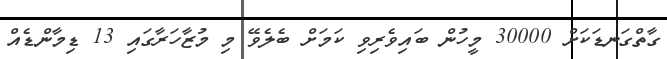
ގާތްގަނޑަކަށް 30000 މީހުން ބައިވެރިވި ކަމަށް ބެލެވޭ މި މުޒާހަރާގައި 13 ޑިމާންޑެއް